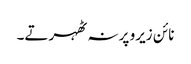
نائن زیرو پر نہ ٹھہرتے۔